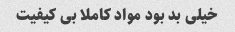
خیلی بد بود مواد کاملا بی کیفیت